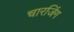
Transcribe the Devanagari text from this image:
चारजिंग